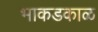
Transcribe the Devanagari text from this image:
भाकडकाळ